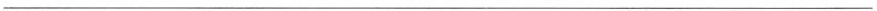
___